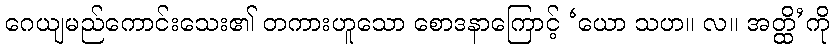
ဂေယျမည်ကောင်းသေး၏ တကားဟူသော စောဒနာကြောင့် ‘ယော သဟ။ လ။ အတ္ထိ’ကို